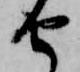
由